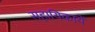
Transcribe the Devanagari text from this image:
सहायिकायें